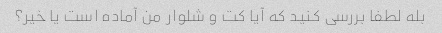
بله لطفا بررسی کنید که آیا کت و شلوار من آماده است یا خیر؟